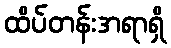
ထိပ်တန်းအရာရှိ